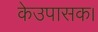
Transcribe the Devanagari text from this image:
केउपासक।